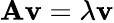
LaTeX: \mathbf{A}\mathbf{v}=\lambda\mathbf{v}